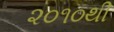
૨૦૧૦થી